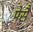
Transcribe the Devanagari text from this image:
पेसै